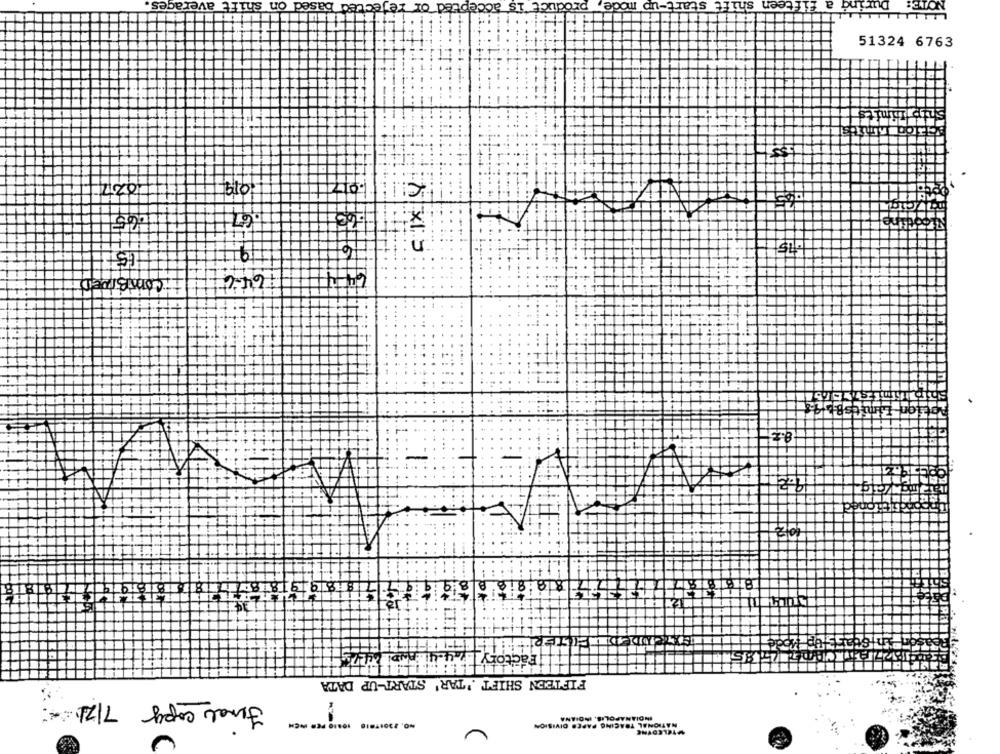
lon shift averages
product is accepted
Fifteen
a
ase
apour
51324 6763
220
2101
.65
HA
#
Factory 1 4-41 AND
FIFTEEN SHIFT .'TAR' START-UP DATA
Final copy 7/24.
VATIONI 'STOJYNTION
JAG3TAL₩